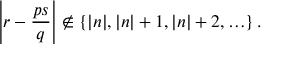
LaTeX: \left| r - \frac { p s } { q } \right| \not \in \{ | n | , | n | + 1 , | n | + 2 , \ldots \} \, .